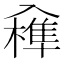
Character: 𠓼